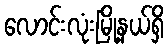
လောင်းလုံးမြို့နယ်ရှိ